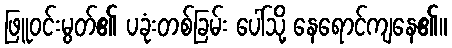
ဖြူဝင်းမွတ်၏ ပခုံးတစ်ခြမ်း ပေါ်သို့ နေရောင်ကျနေ၏။